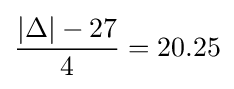
{\frac {|\Delta |-27}{4}}=20.25